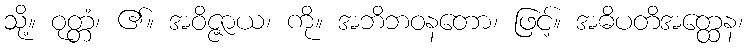
သို့။ ဝုတ္တံ၊ ၏။ အဝိဇ္ဇာယ၊ ကို။ အဘိဘဝနတော၊ ဖြင့်။ အဓိပတိအတ္ထေန၊